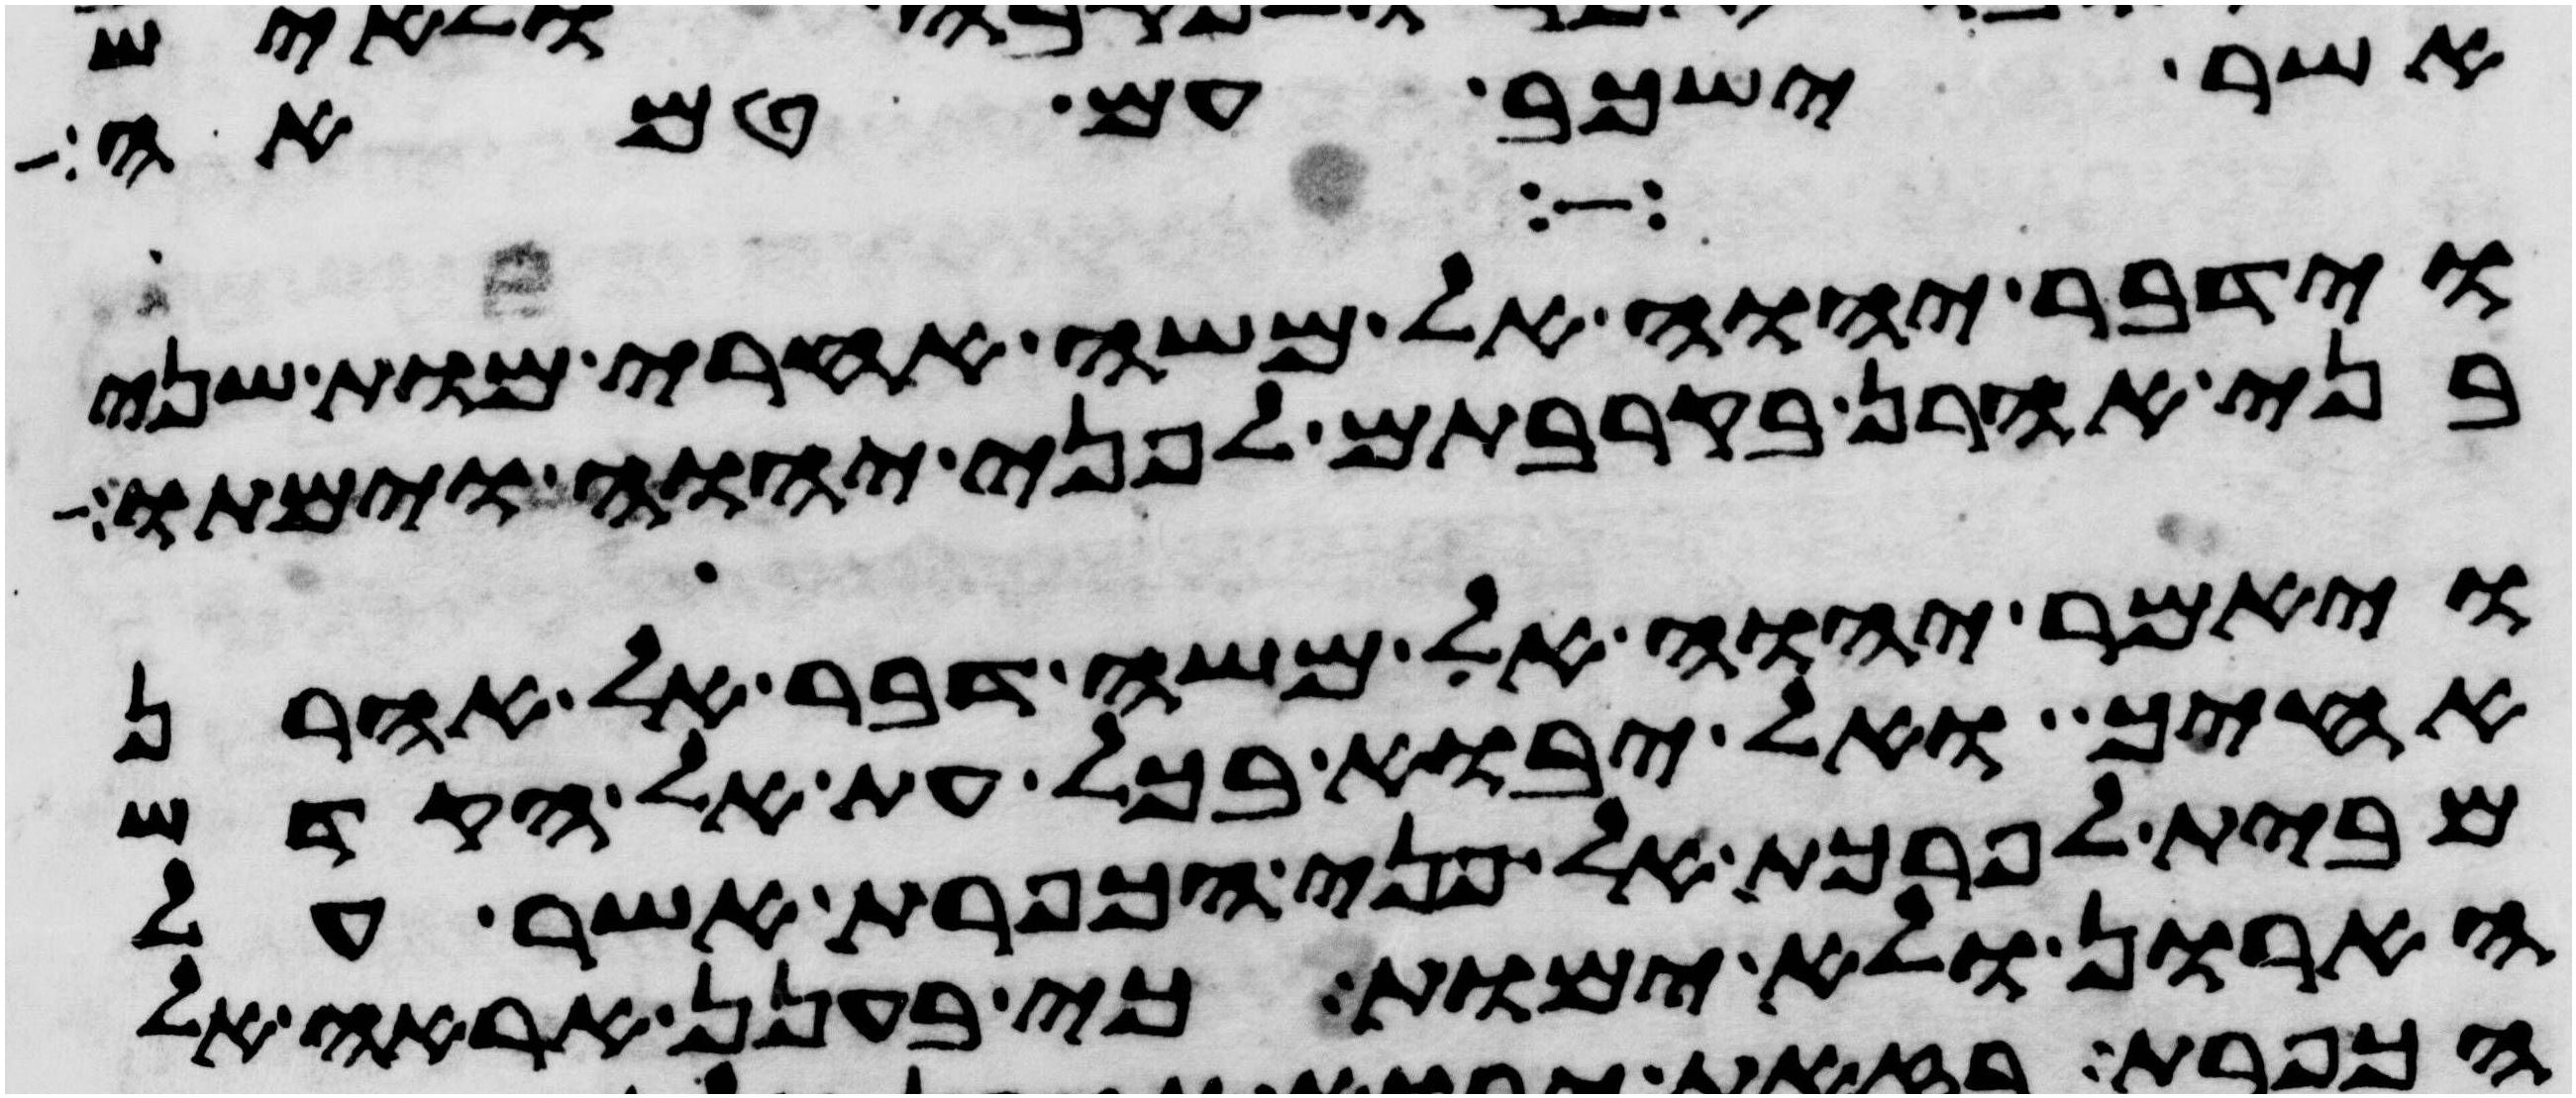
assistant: אשר ישכב עם טמאה
וידבר יהוה אל משה אחרי מות שני
בני אהרן בקרבתם לפני יהוה וימתו
ויאמר יהוה אל משה דבר אל אהרן
אחיך ואל יבוא בכל עת אל הקדש
מבית לפרכת אל פני הכפרת אשר על
הארון ולא ימות כי בענן אראה אל